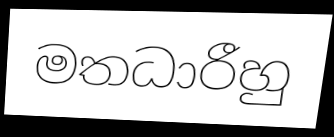
මතධාරීහු